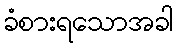
ခံစားရသောအခါ